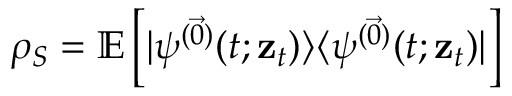
\rho _ { S } = \mathbb { E } \left[ \vert \psi ^ { ( \vec { 0 } ) } ( t ; \mathbf { z } _ { t } ) \rangle \langle \psi ^ { ( \vec { 0 } ) } ( t ; \mathbf { z } _ { t } ) \vert \right]